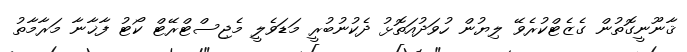
ޤާނޫނީގޮތުން ގެޒެޓްކުރެވޭ ލިޔުން ހުވަދުއަތޮޅު ދެކުނުބުރީ މަޑަވެލީ މެޖިސްޓްރޭޓް ކޯޓު ފާޚާނާ މަރާމާތު